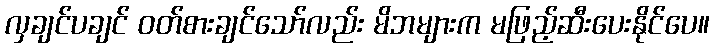
လှချင်ပချင် ဝတ်စားချင်သော်လည်း မိဘများက မဖြည့်ဆီးပေးနိုင်ပေ။